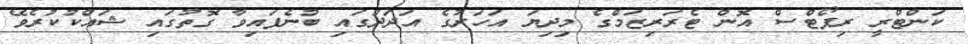
ކަންޓްރީ ރިޕޯޓްސް އޮން ޓެރަރިޒަމްގެ މިދިޔަ އަހަރުގެ އަދަދުގައި ބުނެފައިވާ ގޮތުގައި ޝައްކުކުރެވޭ